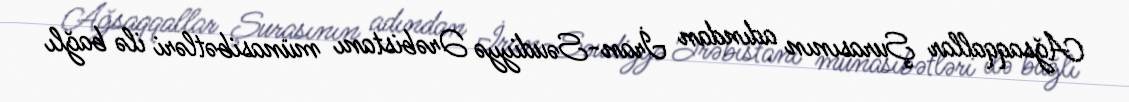
Ağsaqqallar Şurasının adından İran-Səudiyyə Ərəbistanı münasibətləri ilə bağlı